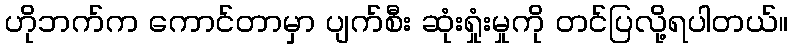
ဟိုဘက်က ကောင်တာမှာ ပျက်စီး ဆုံးရှုံးမှုကို တင်ပြလို့ရပါတယ်။